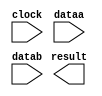
module mult16_12 (
	clock,
	dataa,
	datab,
	result);

	input	  clock;
	input	[15:0]  dataa;
	input	[15:0]  datab;
	output	[31:0]  result;

endmodule